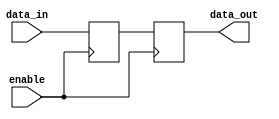
module IO_Blocks_Compensated_buffer (
    input wire data_in,
    output wire data_out,
    input wire enable
);

reg buffer;

always @(posedge enable) begin
    buffer <= data_in;
    data_out <= buffer;
end

endmodule